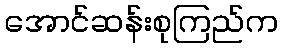
အောင်ဆန်းစုကြည်က